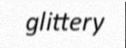
glittery